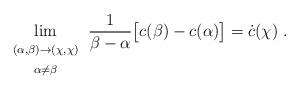
LaTeX: \begin{align*}\lim_{\begin{array}{c}\scriptstyle (\alpha,\beta) \to (\chi,\chi) \\\scriptstyle\alpha \ne \beta\end{array}}\frac{1}{\beta-\alpha}\big[c(\beta)-c(\alpha)\big]=\dot{c}(\chi) \ .\end{align*}